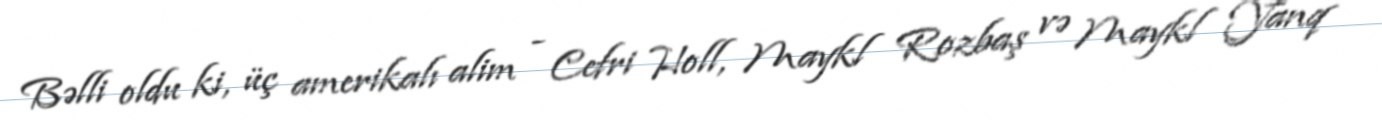
Bəlli oldu ki, üç amerikalı alim - Cefri Holl, Maykl Rozbaş və Maykl Yanq